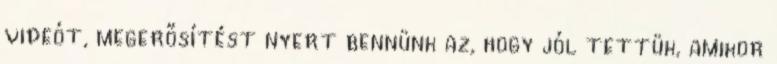
videót, megerősítést nyert bennünk az, hogy jól tettük, amikor